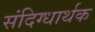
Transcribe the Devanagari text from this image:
संदिग्धार्थक